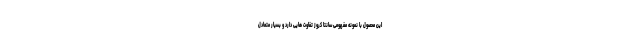
این محصول با نمونه مفهومی سانتا کروز تفاوت هایی دارد و بسیار متعادل